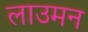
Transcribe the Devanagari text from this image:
लाउमन